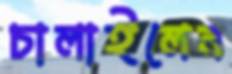
চালাইলেন